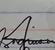
Signature authenticity: genuine